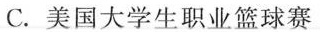
C.美国大学生职业篮球赛